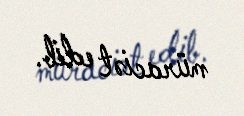
müraciət edib.